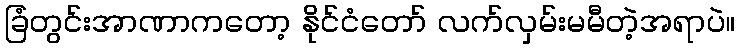
ခြံတွင်းအာဏာကတော့ နိုင်ငံတော် လက်လှမ်းမမီတဲ့အရာပဲ။